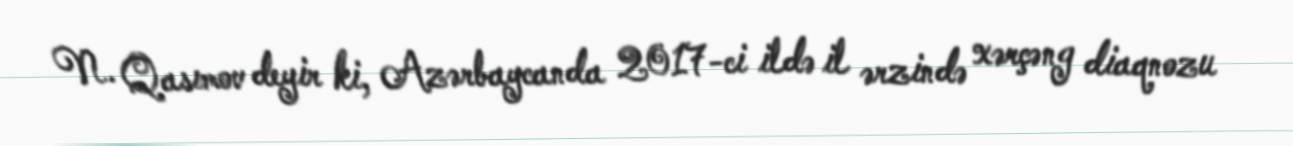
N. Qasımov deyir ki, Azərbaycanda 2017-ci ildə il ərzində xərçəng diaqnozu